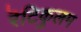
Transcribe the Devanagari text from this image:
रॆटिकुलम